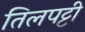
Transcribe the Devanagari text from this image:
तिलपट्टी